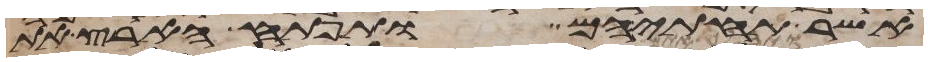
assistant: אשר תחתיהם ותפתח הארץ את